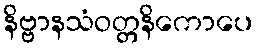
နိဗ္ဗာနသံဝတ္တနိကောပေ